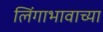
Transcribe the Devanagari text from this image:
लिंगाभावाच्या